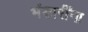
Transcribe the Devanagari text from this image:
भंडारींना